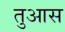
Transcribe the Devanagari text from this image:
तुआस